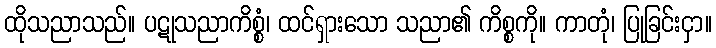
ထိုသညာသည်။ ပဋုသညာကိစ္စံ၊ ထင်ရှားသော သညာ၏ ကိစ္စကို။ ကာတုံ၊ ပြုခြင်းငှာ။